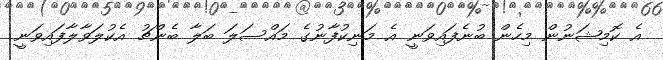
އެ ކޮމިޝަނުން މިހެން ބުނެފައިވަނީ އެ މަނިކުފާނުގެ މައްސަލަ ބަލާ ބެންޗު އެކުލަވާލާފައިވަނީ